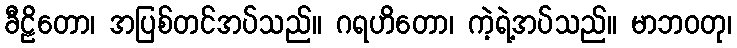
ခီဠိတော၊ အပြစ်တင်အပ်သည်။ ဂရဟိတော၊ ကဲ့ရဲ့အပ်သည်။ မာဘဝတု၊